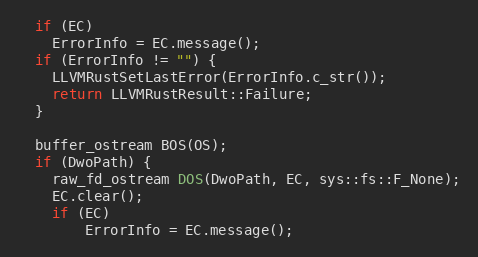
Language: C++
  if (EC)
    ErrorInfo = EC.message();
  if (ErrorInfo != "") {
    LLVMRustSetLastError(ErrorInfo.c_str());
    return LLVMRustResult::Failure;
  }

  buffer_ostream BOS(OS);
  if (DwoPath) {
    raw_fd_ostream DOS(DwoPath, EC, sys::fs::F_None);
    EC.clear();
    if (EC)
        ErrorInfo = EC.message();